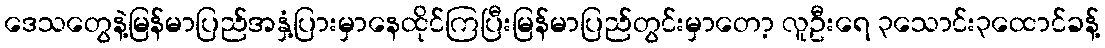
ဒေသတွေနဲ့မြန်မာပြည်အနှံ့ပြားမှာနေထိုင်ကြပြီးမြန်မာပြည်တွင်းမှာတော့ လူဦးရေ ၃သောင်း၃ထောင်ခန့်